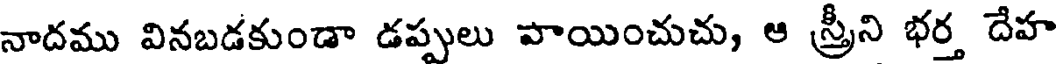
నాదము వినబడకుండా డప్పులు పాయించుచు, ఆ స్త్రీని భర్త దేహ